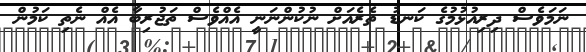
ނަމަވެސް ދިރިއުޅުމުގެ ކަނޑު ތެރެއަށް ނުކުންނަނީ އެއްވެސް ތަޖުރިބާ އެއް ނެތި ކަމުން